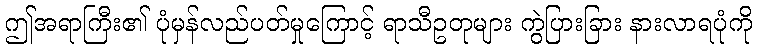
ဤအရာကြီး၏ ပုံမှန်လည်ပတ်မှုကြောင့် ရာသီဥတုများ ကွဲပြားခြား နားလာရပုံကို